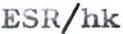
ESR/hk